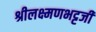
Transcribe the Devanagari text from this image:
श्रीलक्ष्मणभट्टजी